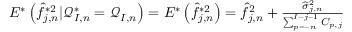
\begin{array} { r } { E ^ { * } \left( \widehat f _ { j , n } ^ { * 2 } | \mathcal { Q } _ { I , n } ^ { * } = \mathcal { Q } _ { I , n } \right) = E ^ { * } \left( \widehat f _ { j , n } ^ { * 2 } \right) = \widehat { f } _ { j , n } ^ { 2 } + \frac { \widehat \sigma _ { j , n } ^ { 2 } } { \sum _ { p = - n } ^ { I - j - 1 } C _ { p , j } } } \end{array}